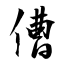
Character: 傮